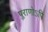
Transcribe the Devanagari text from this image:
पुराणोऽपि